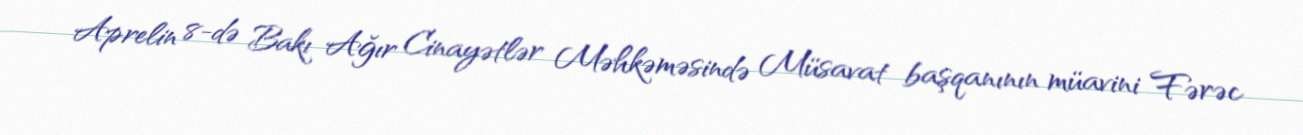
Aprelin 8-də Bakı Ağır Cinayətlər Məhkəməsində Müsavat başqanının müavini Fərəc